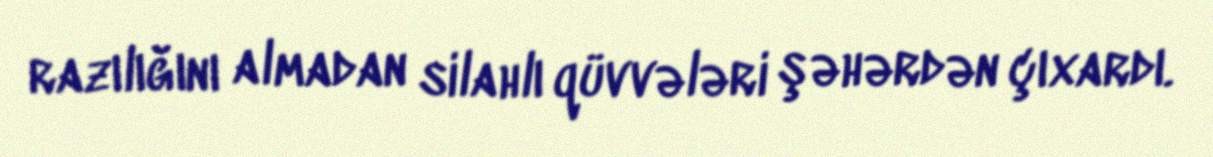
razılığını almadan silahlı qüvvələri şəhərdən çıxardı.